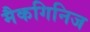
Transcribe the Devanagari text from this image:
मैकगिनिज